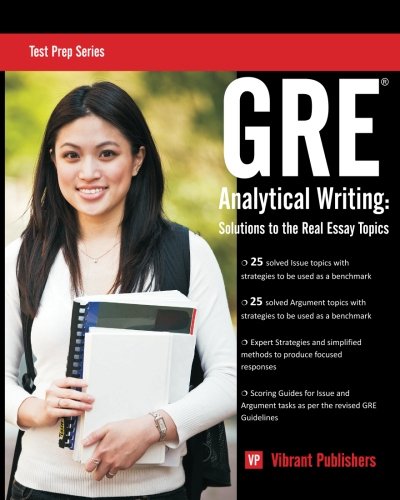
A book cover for GRE Analytical Writing: Solutions to the Real Essay Topics (Test Prep Series); Vibrant Publishers; Test Preparation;